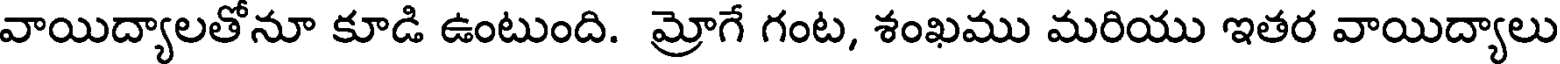
వాయిద్యాలతోనూ కూడి ఉంటుంది. మ్రోగే గంట, శంఖము మరియు ఇతర వాయిద్యాలు